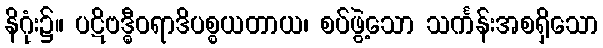
နိဂုံး၌။ ပဋိဗဒ္ဓီဝရာဒိပစ္စယတာယ၊ စပ်ဖွဲ့သော သင်္ကန်းအစရှိသော